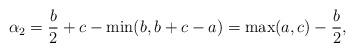
LaTeX: \begin{align*}\alpha_2= \frac{b}{2}+c-\min(b,b+c-a)&=\max(a,c)-\frac{b}{2},\end{align*}